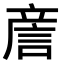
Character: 𧧑